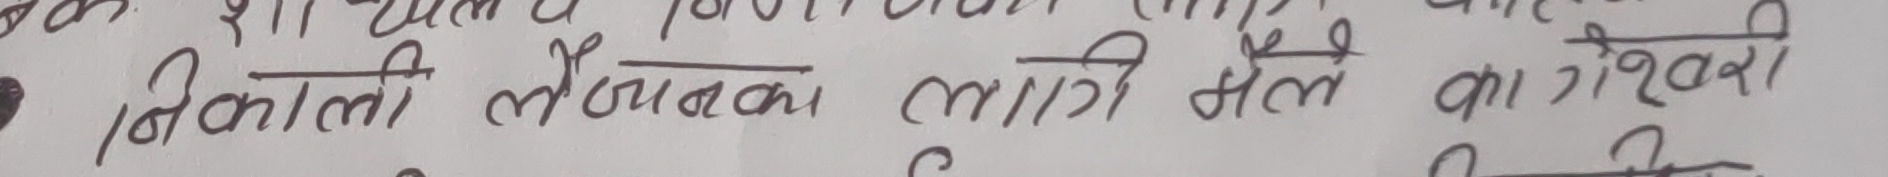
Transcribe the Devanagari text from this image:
• निकाली लेख्‌नका लागी मेल का गरेको